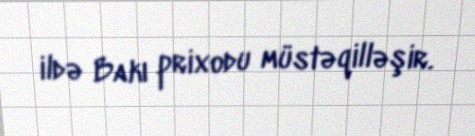
ildə Bakı prixodu müstəqilləşir.